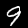
Digit: 9